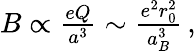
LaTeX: \begin{array}{r}{B\propto\frac{eQ}{a^{3}}\sim\frac{e^{2}r_{0}^{2}}{a_{B}^{3}}\, ,}\end{array}